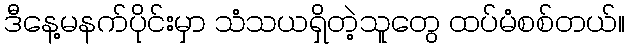
ဒီနေ့မနက်ပိုင်းမှာ သံသယရှိတဲ့သူတွေ ထပ်မံစစ်တယ်။